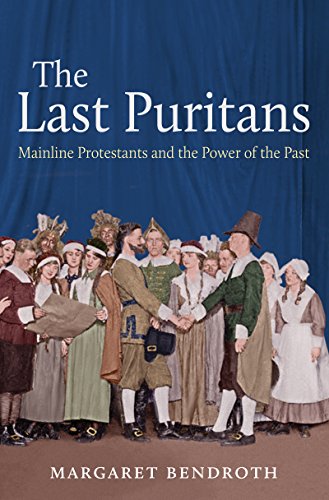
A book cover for The Last Puritans: Mainline Protestants and the Power of the Past; Margaret Bendroth; Christian Books & Bibles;